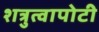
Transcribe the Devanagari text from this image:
शत्रुत्वापोटी